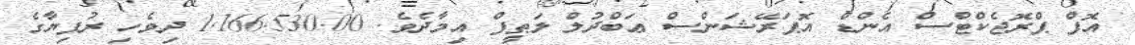
އޮފް ޕްރޮޖެކްޓްސް އެންޑް އޮޕަރޭޝަންސް ޢަބްދުލް ލަޠީފް އިމާދެވެ. 1